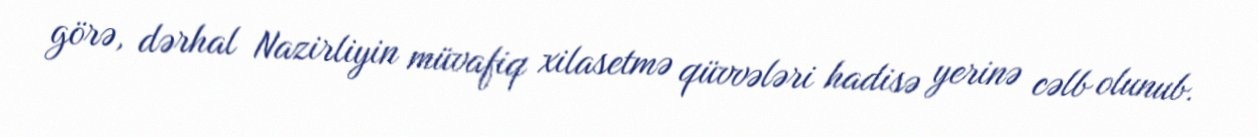
görə, dərhal Nazirliyin müvafiq xilasetmə qüvvələri hadisə yerinə cəlb olunub.